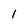
Character: l